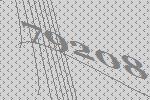
79208